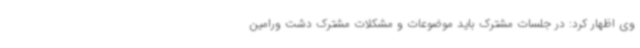
وی اظهار کرد: در جلسات مشترک باید موضوعات و مشکلات مشترک دشت ورامین